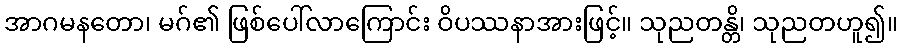
အာဂမနတော၊ မဂ်၏ ဖြစ်ပေါ်လာကြောင်း ဝိပဿနာအားဖြင့်။ သုညတန္တိ၊ သုညတဟူ၍။